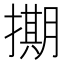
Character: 𭢘